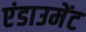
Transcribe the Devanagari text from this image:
एंडाउमेंट